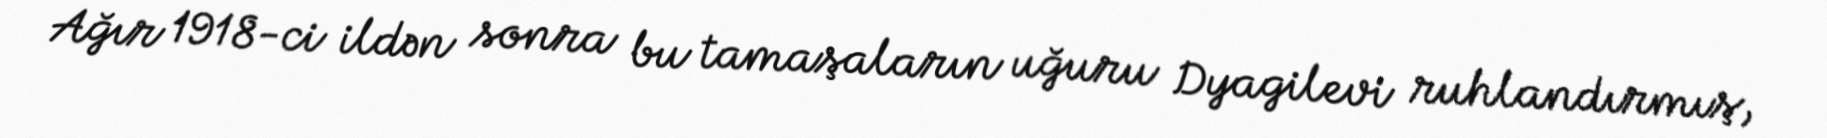
Ağır 1918-ci ildən sonra bu tamaşaların uğuru Dyagilevi ruhlandırmış,